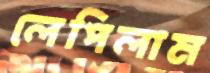
লেপিলাম